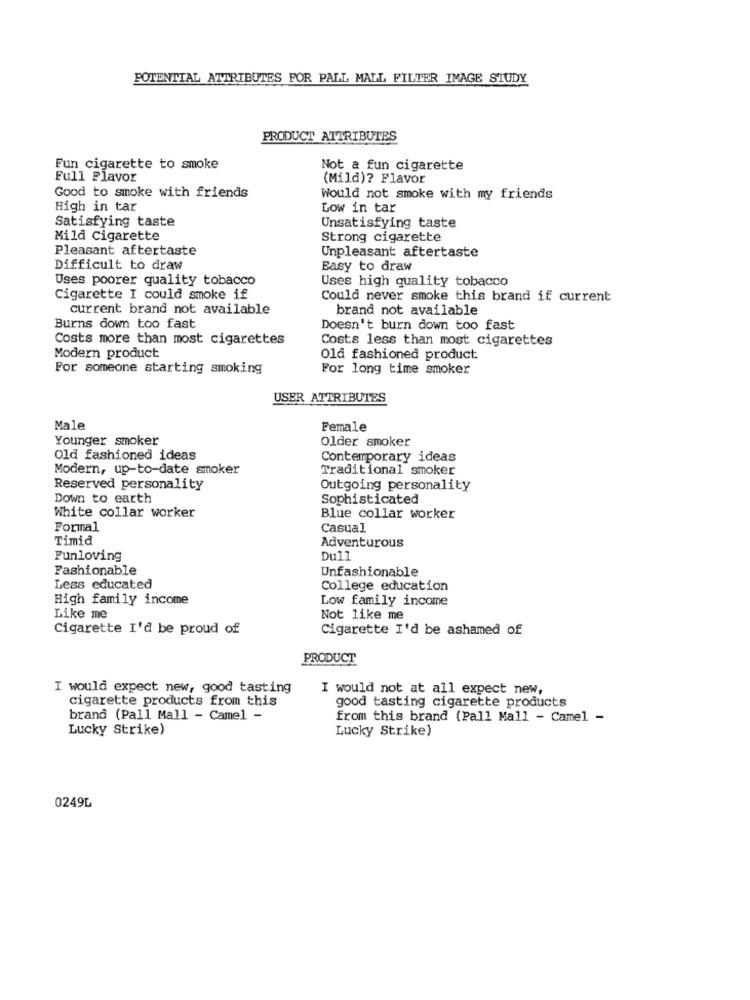
POTENTIAL ATTRIBUTES FOR PALL MALL FILTER IMAGE STUDY
PRODUCT ATTRIBUTES
Fun cigarette to smoke
Not a fun cigarette
Full Flavor
(Mild)? Flavor
Good to smoke with friends
Would not smoke with my friends
High in tar
Low in tar
Satisfying taste
Unsatisfying taste
Mild Cigarette
Strong cigarette
Pleasant aftertaste
Unpleasant aftertaste
Difficult to draw
Easy to draw
Uses poorer quality tobacco
Uses high quality tobacco
Cigarette I could smoke if
Could never smoke this brand if current
current brand not available
brand not available
Burns down too fast
Doesn't burn down too fast
Costs more than most cigarettes
Costs less than most cigarettes
Modern product
Old fashioned product
For someone starting smoking
For long time smoker
USER ATTRIBUTES
Male
Female
Younger smoker
Older smoker
Old fashioned ideas
Contemporary ideas
Modern, up-to-date smoker
Traditional smoker
Reserved personality
Outgoing personality
Down to earth
Sophisticated
White collar worker
Blue collar worker
Formal
Casual
Timid
Adventurous
Funloving
Dull
Fashionable
Unfashionable
Less educated
College education
High family income
Low family income
Like me
Not like me
Cigarette I'd be proud of
Cigarette I'd be ashamed of
PRODUCT
I would expect new, good tasting
I would not at all expect new,
cigarette products from this
good tasting cigarette products
brand (Pall Mall - Camel -
from this brand (Pall Mall - Camel -
Lucky Strike)
Lucky Strike)
0249L